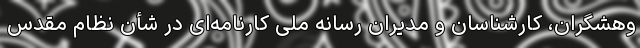
وهشگران، کارشناسان و مدیران رسانه ملی کارنامه‌ای در شأن نظام مقدس